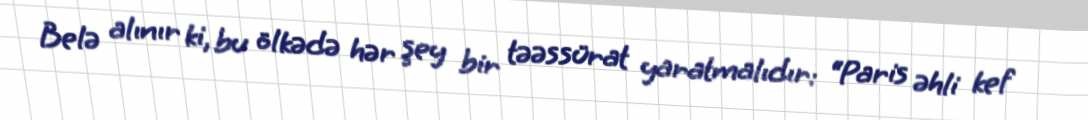
Belə alınır ki, bu ölkədə hər şey bir təəssürat yaratmalıdır: “Paris əhli kef